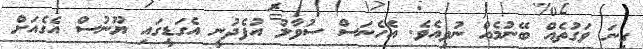
ގިނަ ވަގުތެއް ބޭނުމެއް ނުވިއެވެ. އެހެނަސް ސުވާލު އުފެދުނީ އެގަޑީގައި ޔޫނުސް އެގެއަށް